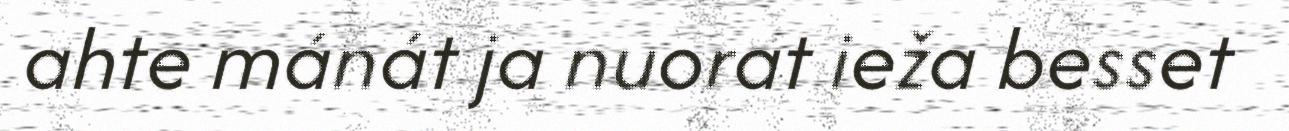
ahte mánát ja nuorat ieža besset